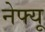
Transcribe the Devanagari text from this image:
नेफ्यू